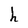
Character: h